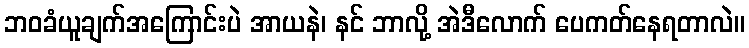
ဘဝခံယူချက်အကြောင်းပဲ အာယနဲ၊ နင် ဘာလို့ အဲဒီလောက် ပေကတ်နေရတာလဲ။